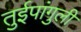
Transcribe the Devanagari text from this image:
तुईपांगुली